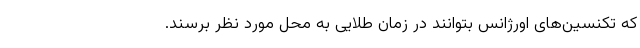
که تکنسین‌های اورژانس بتوانند در زمان طلایی به محل مورد نظر برسند.